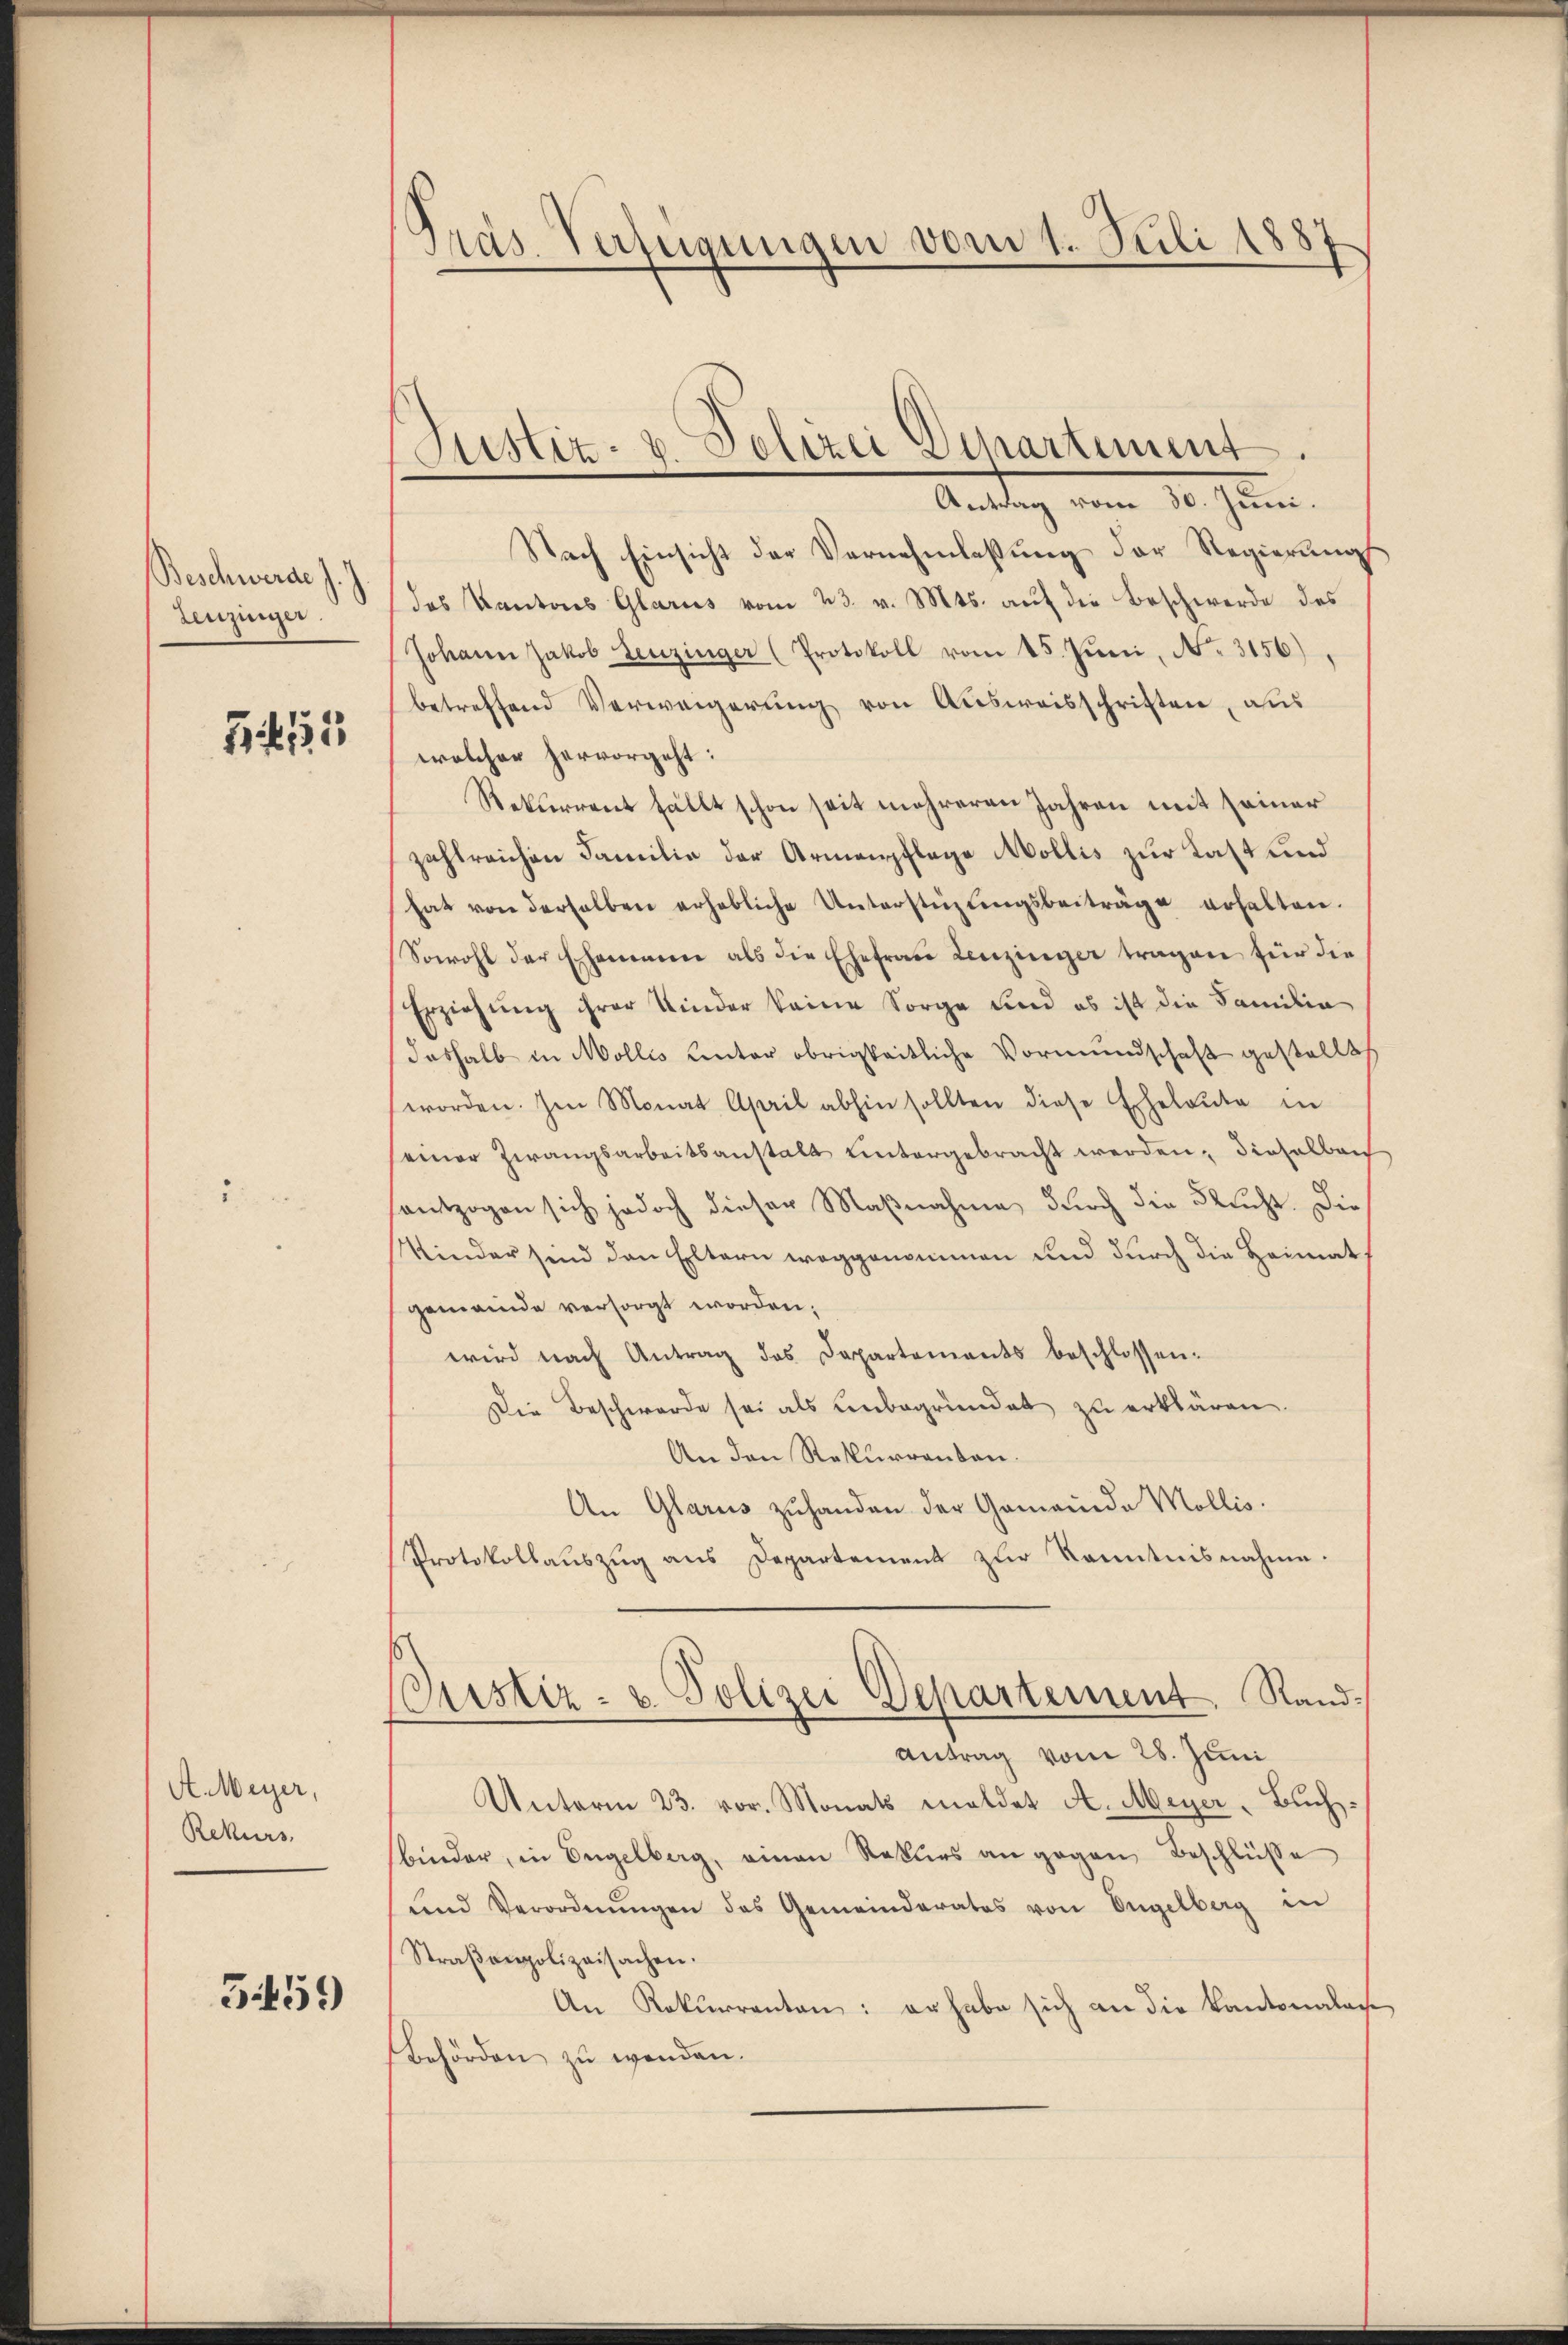
Beschwerde J. J
Leuzinger.

G 155

A. Weyer,
Rekurs

359

Präs. Verfügungen vom 1. Juli 1887

Antrag vom 30. Juni.
Nach Einsicht der Vernehmlassung der Regierung
das Kantons Glarus vom 23. v. Mts. auf die Beschwerde des
Johann Jakob Leuzinger (Protokoll vom 15. Juni, No. 3156).
betreffend Verweigerung von Ausweisschriften, aus
welcher hervorgeht:
Rekurrent fällt schon seit mehreren Jahren mit seiner
zahlreichen Familie der Armenpflege Mollis zur Kast und
hat von derselben erhebliche Unterstüzungsbeiträge erhalten.
Sowohl der Ehemmen als die Ehefrau Lenzinger tragen für die
Erziehung ihrer Kinder keine Sorge und es ist die Familie
deshalb in Mollis unter obrigkeitliche Vormundschaft gestellt
worden. Im Monat April abhin sollten diese Eheleute in
einer Zwangsarbeitsanstalt ŭntergebracht werden; dieselben
entzogen sich jedoch dieser Maßnahme durch die Flucht. Die
Minder sind den Eltern weggenommen und durch die Heimat
gemeinde versorgt worden;
wird nach Antrag des Departements beschlossen.
Die Beschwerde sei als unbegründet zŭ erklären.
An den Rekurrenten.
An Glarus zuhanden der Gemeinde Mollis.
Protokollaŭszŭg ans Departement zŭr Kenntnisnahme.
Justiz- & Polizei Departement. Rand¬
Antrag vom 28. Juni
Unterm 23. vor. Monats meldet A. Meyer-Buchbinder, in Engelberg, einen Rekurs an gegen Beschlüsse
und Verordnŭngen das Gemeinderates von Engelberg in
Straβenpolizeisachen.
An Rekurrenten: er habe sich an die Kantonalan
Behörden zu wenden.

Justiz- u. Polizei Departement.